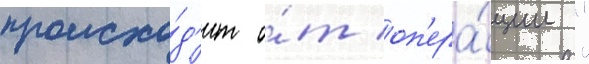
происхо́д'ит о́т оп'ера́ции ""